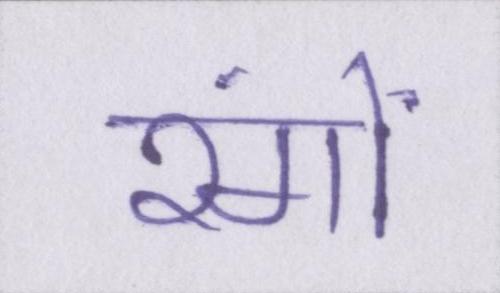
रंगों